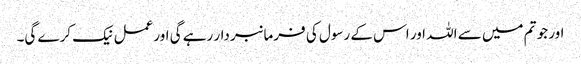
اور جو تم میں سے اللہ اور اس کے رسول کی فرمانبردار رہے گی اورعمل نیک کرے گی۔